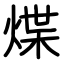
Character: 煠